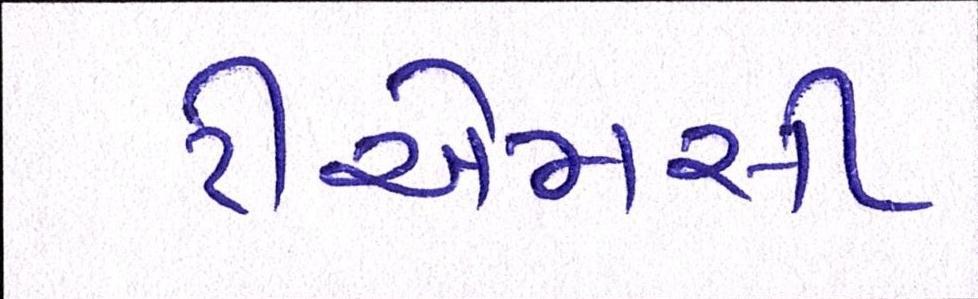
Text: ટીએમસી